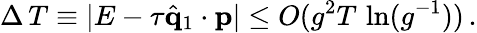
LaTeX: \Delta\, T\equiv|E-\tau\hat{{\mathbf q}}_{1}\cdot{\mathbf p}|\leq O(g^{2}T\, \ln(g^{-1}))\, .